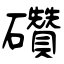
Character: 礸